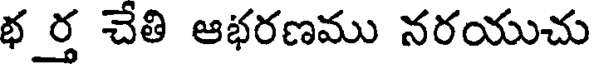
భ ర్త చేతి ఆభరణము నరయుచు